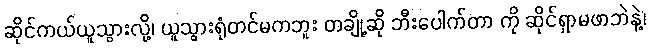
ဆိုင်ကယ်ယူသွားလို့၊ ယူသွားရုံတင်မကဘူး တချို့ဆို ဘီးပေါက်တာ ကို ဆိုင်ရှာမဖာဘဲနဲ့၊